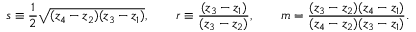
\begin{array} { l } { \displaystyle { s \equiv \frac { 1 } { 2 } \sqrt { ( z _ { 4 } - z _ { 2 } ) ( z _ { 3 } - z _ { 1 } ) } , \qquad r \equiv \frac { ( z _ { 3 } - z _ { 1 } ) } { ( z _ { 3 } - z _ { 2 } ) } , \qquad m = \frac { ( z _ { 3 } - z _ { 2 } ) ( z _ { 4 } - z _ { 1 } ) } { ( z _ { 4 } - z _ { 2 } ) ( z _ { 3 } - z _ { 1 } ) } . } } \end{array}